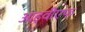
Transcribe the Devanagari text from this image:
आइवीएफ